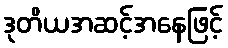
ဒုတိယအဆင့်အနေဖြင့်